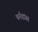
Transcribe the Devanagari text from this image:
बर्नडांस